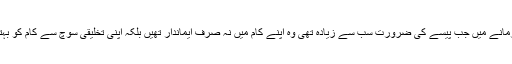
کہنے والی بات یہ ہے کہ ایک ایسے زمانے میں جب پیسے کی ضرورت سب سے زیادہ تھی وہ اپنے کام میں نہ صرف ایماندار تھیں بلکہ اپنی تخلیقی سوچ سے کام کو بہتر بنانے کی کوشش بھی کر رہی تھیں۔